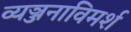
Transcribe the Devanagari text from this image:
व्यञ्जनाविमर्श